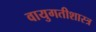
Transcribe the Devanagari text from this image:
वायुगतीशास्त्र